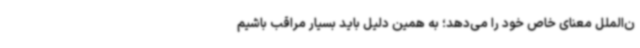
ن‌الملل معنای خاص خود را می‌دهد؛ به همین دلیل باید بسیار مراقب باشیم